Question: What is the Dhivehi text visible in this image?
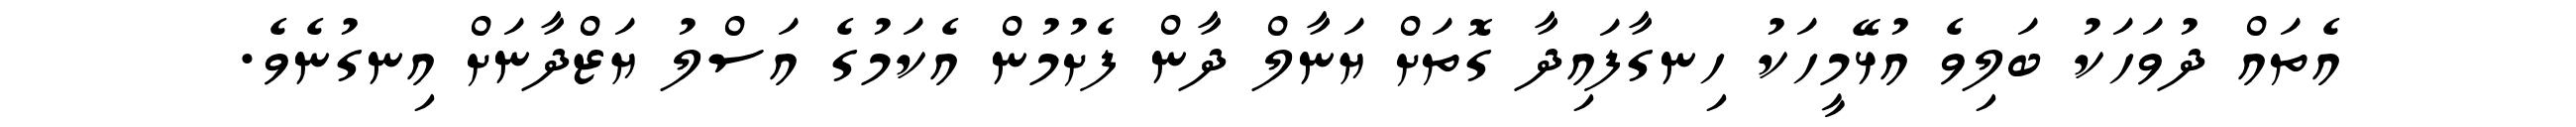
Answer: އެތައް ދުވަހަކު ބަލިވެ އުޅޭމީހަކު ހިނގާފައިދާ ގޮތަށް ޔަނާލް ދާން ފެށުމުން އެކަމުގެ އަސްލު ޔަޒްދާނަށް އިނގުނެވެ.